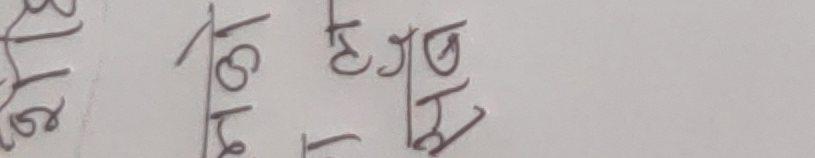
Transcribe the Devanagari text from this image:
३ १८ हेजा बैं ६ १६ मिल्छ ठीक